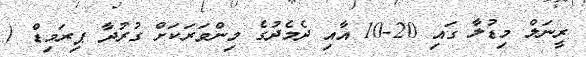
ރީނަލް މިޑުލާ ގައި 20-10 އާއި ދެމެދުގެ މިންވަރަކަށް ގުރުދާ ޕިރަމިޑް (